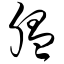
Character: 腽